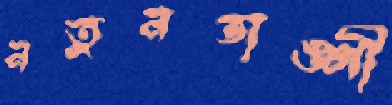
নতুনডাঙ্গী